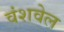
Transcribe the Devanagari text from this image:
वंशवेल